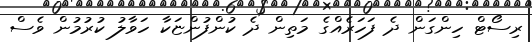
ރިސޯޓް ހިންގަން ދެ ފަހަރެއްގެ މަތިން ދެ ކުންފުންޏަކާ ހަވާލު ކުރުމުން ވެސް